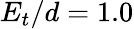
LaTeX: E_{t}/d=1.0